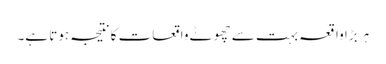
ہر بڑا واقعہ بہت سے چھوٹے واقعات کا نتیجہ ہوتا ہے۔